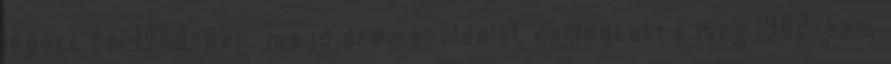
lépett fel 1980-ban, majd drámai oldalát csillogtatta meg 1982-ben,